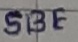
Text: SBE